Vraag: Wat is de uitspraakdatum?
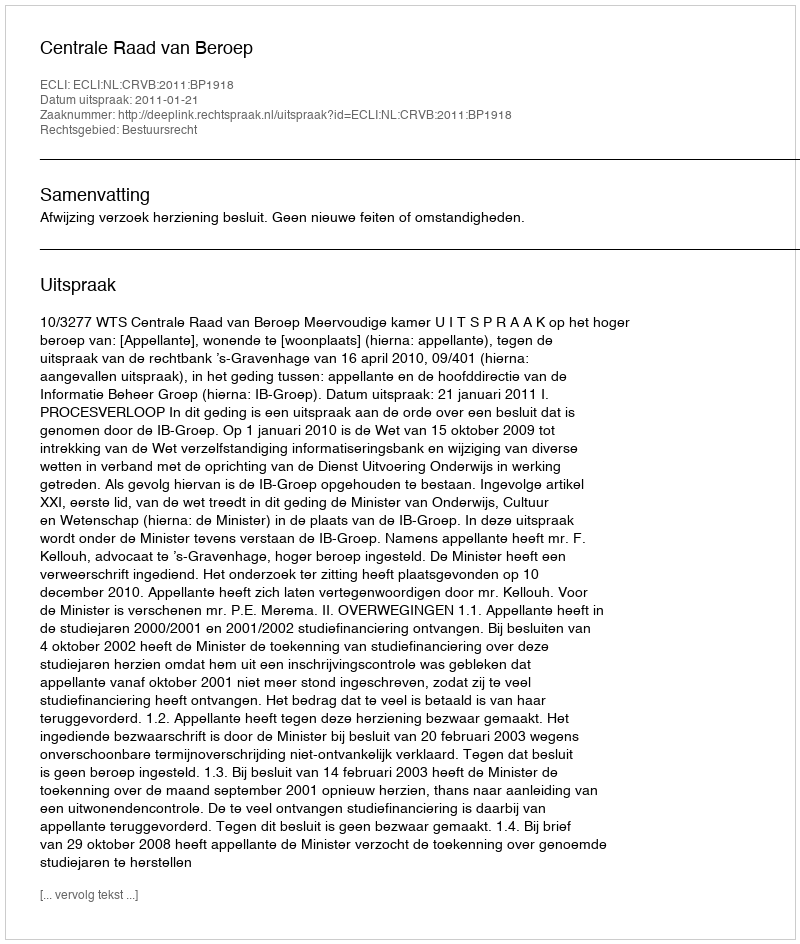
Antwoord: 2011-01-21